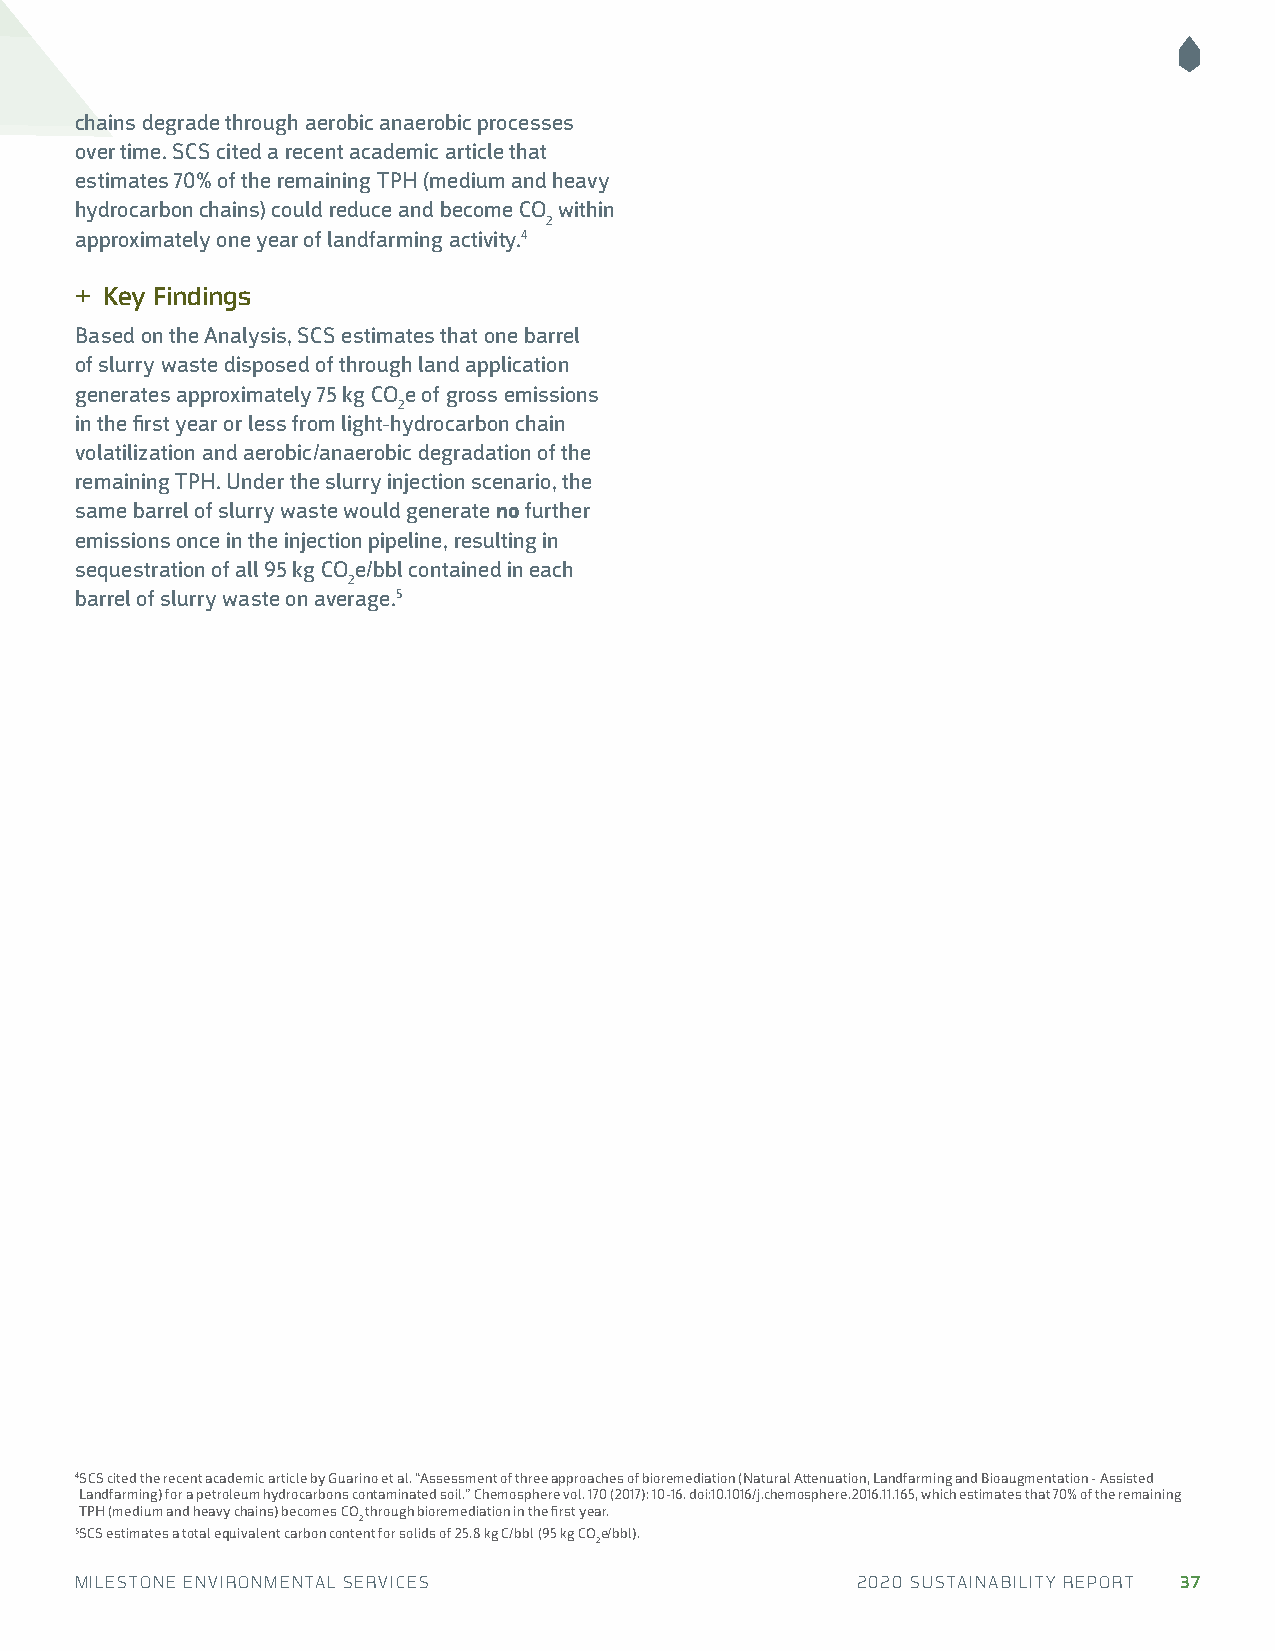
chains degrade through aerobic anaerobic processes
 over time. SCS cited a recent academic article that
 estimates 70% of the remaining TPH (medium and heavy
 hydrocarbon chains) could reduce and become CO within
 2
 approximately one year of landfarming activity.4
 + Key Findings
 Based on the Analysis, SCS estimates that one barrel
 of slurry waste disposed of through land application
 generates approximately 75 kg CO e of gross emissions
 2
 in the first year or less from light-hydrocarbon chain
 volatilization and aerobic/anaerobic degradation of the
 remaining TPH. Under the slurry injection scenario, the
 same barrel of slurry waste would generate no further
 emissions once in the injection pipeline, resulting in
 sequestration of all 95 kg CO e/bbl contained in each
 2
 barrel of slurry waste on average.5
 4 SCS cited the recent academic article by Guarino et al. “Assessment of three approaches of bioremediation (Natural Attenuation, Landfarming and Bioaugmentation - Assisted
 Landfarming) for a petroleum hydrocarbons contaminated soil.” Chemosphere vol. 170 (2017): 10-16. doi:10.1016/j.chemosphere.2016.11.165, which estimates that 70% of the remaining
 TPH (medium and heavy chains) becomes CO through bioremediation in the first year.
 2
 5SCS estimates a total equivalent carbon content for solids of 25.8 kg C/bbl (95 kg COe/bbl).
 2
 MILESTONE ENVIRONMENTAL SERVICES                    2020 SUSTAINABILITY REPORT 37